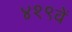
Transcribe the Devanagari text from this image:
४१९वें